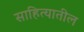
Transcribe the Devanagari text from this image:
साहित्‍यातील